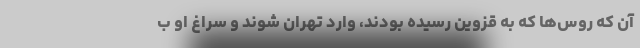
آن که روس‌ها که به قزوین رسیده بودند، وارد تهران شوند و سراغ او ب